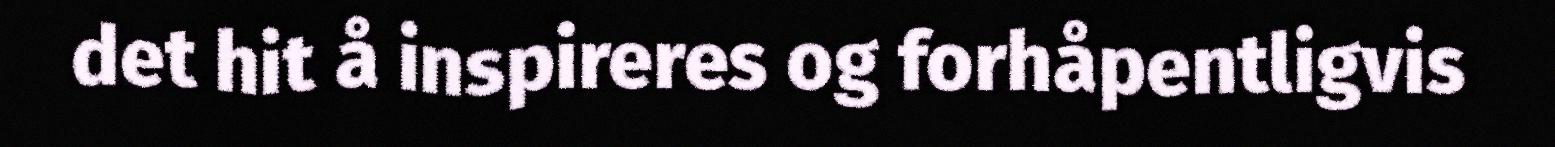
det hit å inspireres og forhåpentligvis